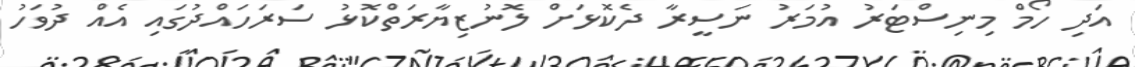
އަދި ހޯމް މިނިސްޓަރު އުމަރު ނަސީރާ ދެކޮޅަށް ލޮނުޒިޔާރަތްކޮޅު ސަރަހައްދުގައި އެއް ދުވަހު